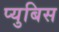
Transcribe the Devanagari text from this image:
प्युबिस